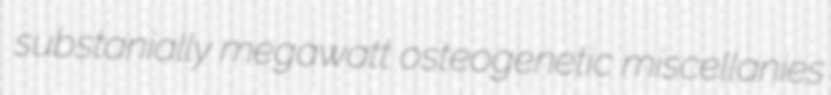
substanially megawatt osteogenetic miscellanies